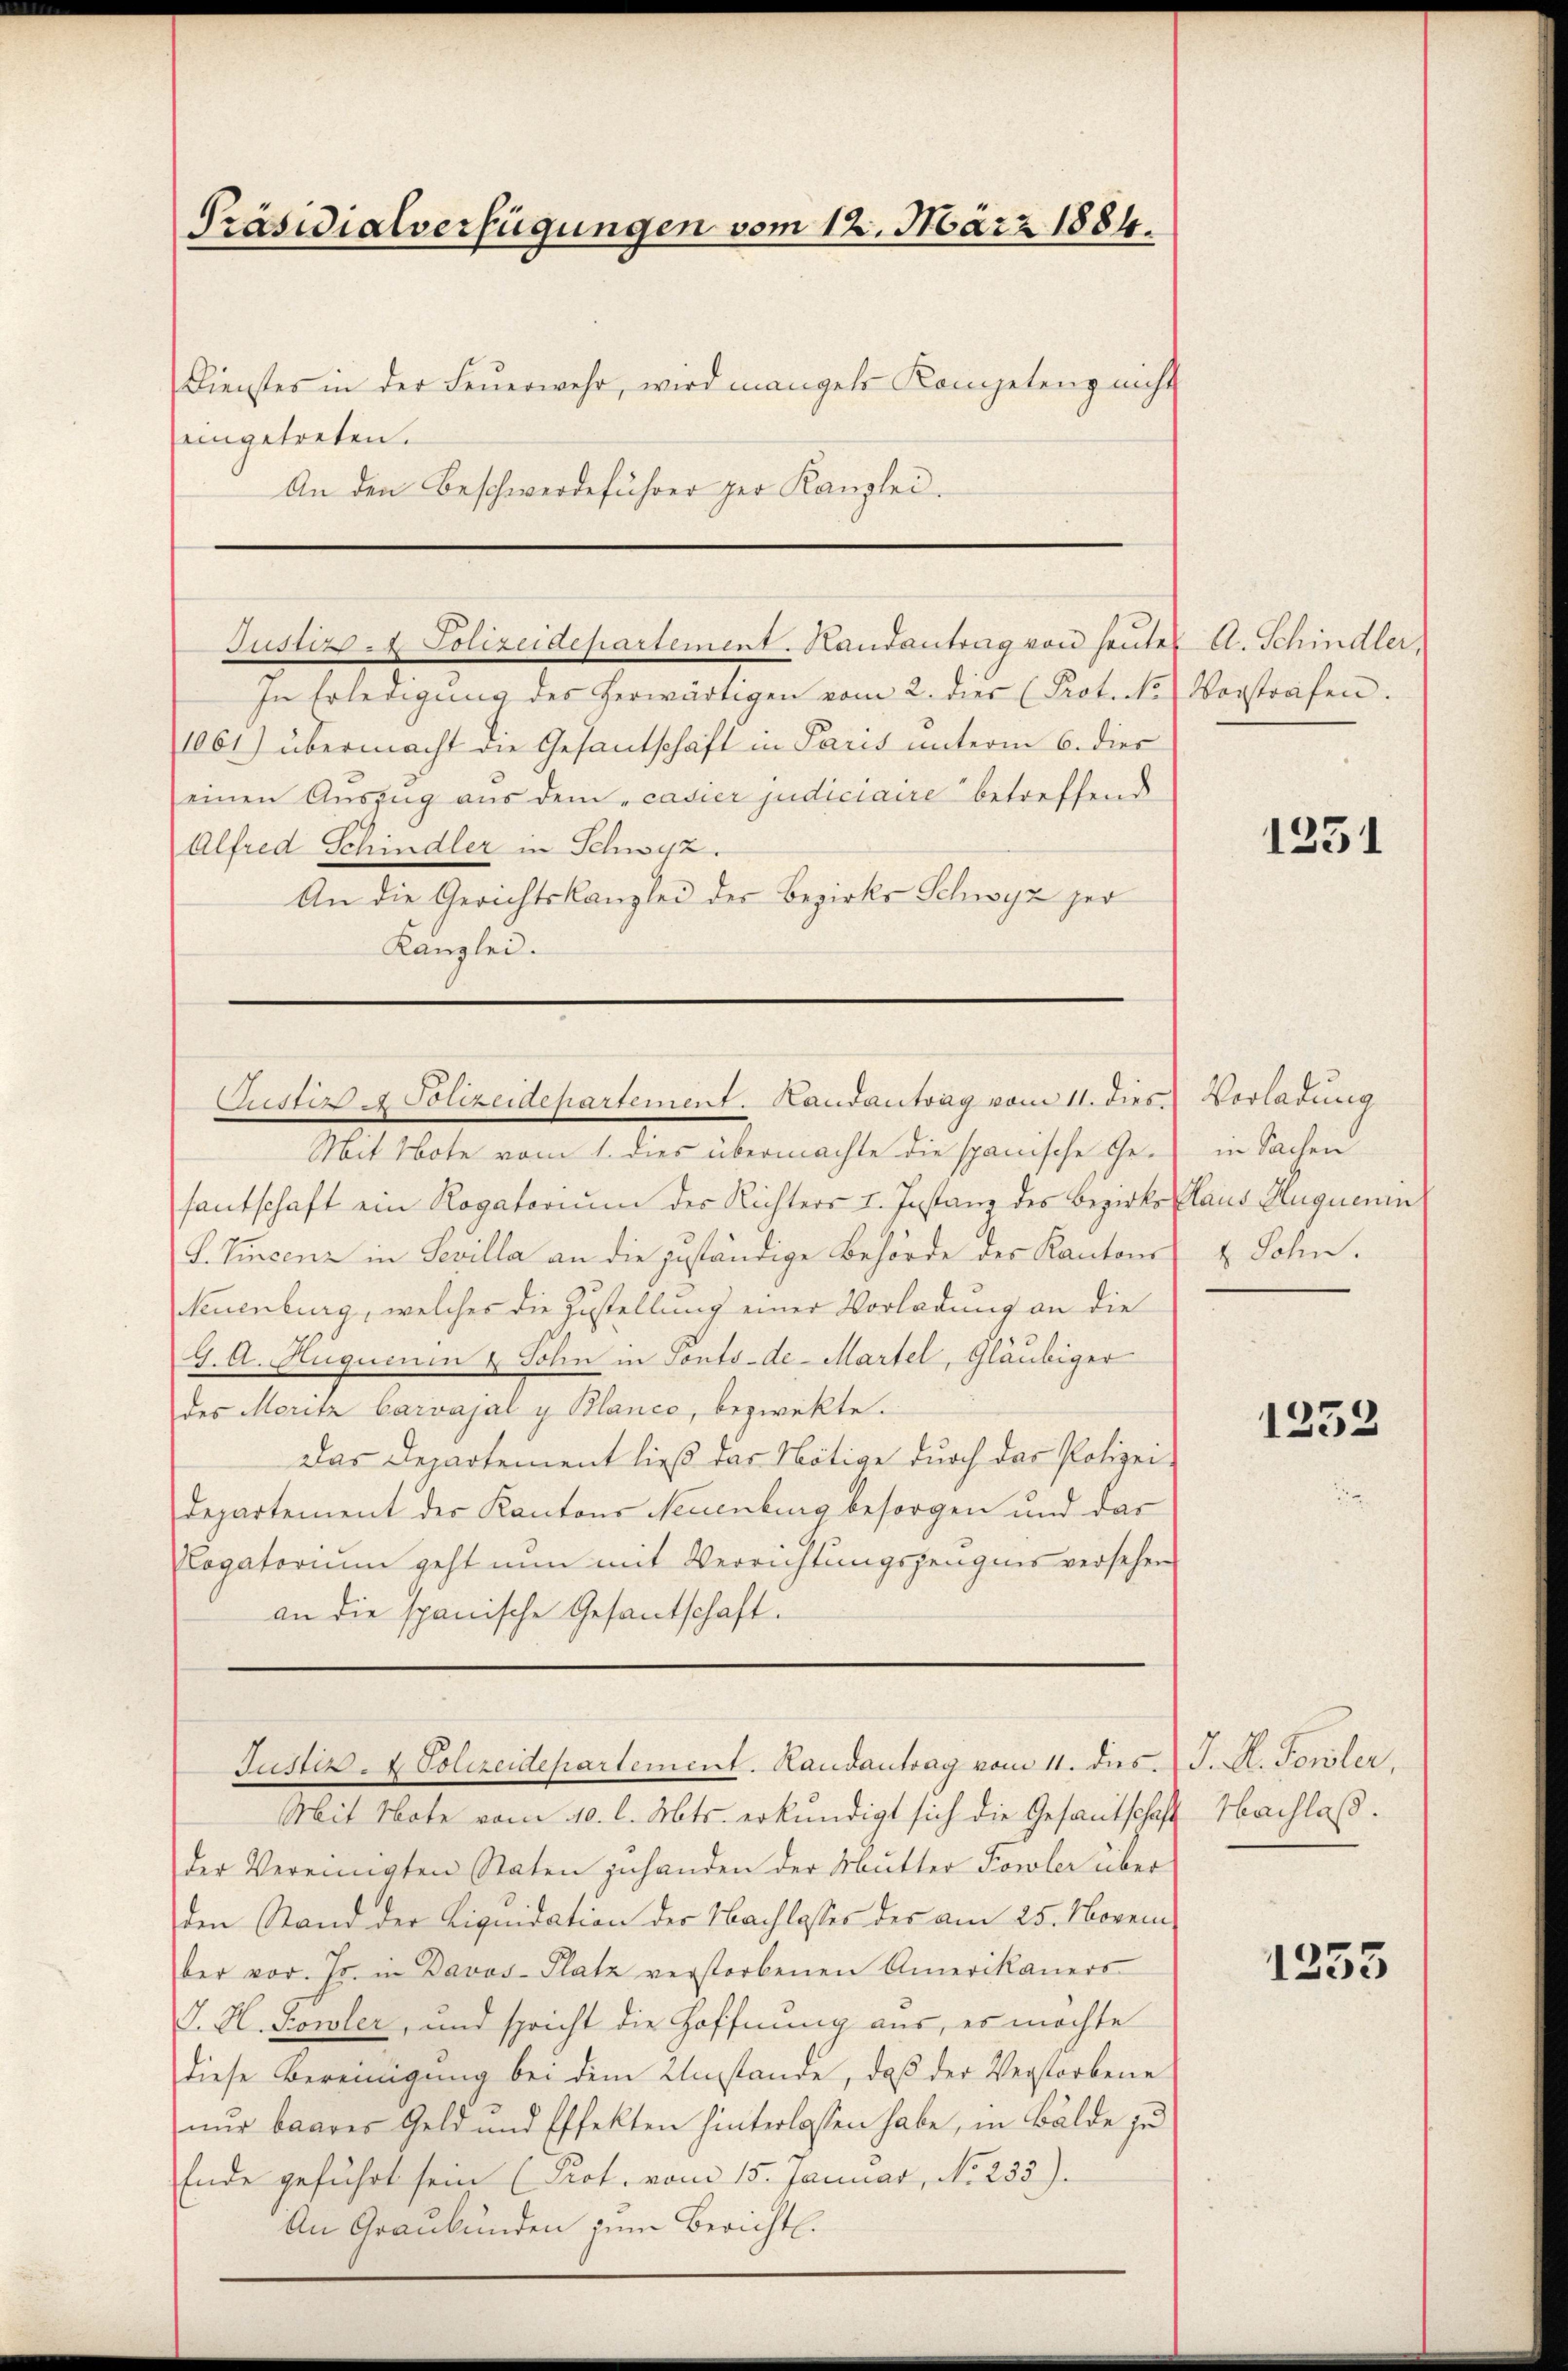
Präsidialverfügungen vom 12. März 1884.
Dienster in der Feŭerwehr, wird mangele Kompetenz nicht

eingetreten.
An den Beschwerdeführer per Kanzlei.

Justiz - Polizeidepartement. Handantrag von heutes A. Schindler

In Erledigŭng des herwärtigen vom 2. dies (Prot. No Vorstrafen.
1061) übermacht die Gesantschaft in Paris unterm 6. dies
einen Auszug aus dem „casier judiciaire betreffend
Alfred Schindler in Schwyz.
An die Gerichtskanzlei der Bezirks Schwyz zer
Kanzlei.

Justiz - Polizeidepartement. Landantrag vom 11. dies Vorladung

Mit Note vom 1. dies übermachte die spanische Gefantschaft ein Rogatorium des Richters I. Instanz des Bezirks Claus Huguenin
L. Vincenz in Sevilla an die zuständige Behörde des Kantons
Neuenburg, welches die Zustellung einer Vorladung an die
G. A. Auguenen & Sohn in Ponto-de- Martel, Gläubiger
des Moritz Carvajal y Blance, bezweckte.
Das Departement ließ das Nötige durch das Polizei-
Departement der Kantons Neuenburg besorgen und das
logatorium geht nun mit Verrichtungszeugnis versehen
an die spanische Gesantschaft.

Justiz- & Polizeidepartement. Randantrag vom 11. des J. A. Touler.

Mit Note vom 10. l. Mts. erkundigt sich die Gesantschaft
der Vereinigten Staten zuhanden der Mutter Fowler über
den Stand der Liquidation der Nachlasses des am 25. Novem
ber vor. Js. in Davos- Platz verstorbenen Amerikaners
J. H. Sowler, und spricht die Hoffnung aus, es möchte
diese Bereinigung bei dem Umstände, daβ der Verstorbene
nur baares Geld und Effekten hinterlassen habe, in Bälde zu
Ende geführt sein (Prot. vom 15. Januar, No. 233).
An Graubünden zum Bericht.

1251

in Sachen
t Sohn.

1253

Nachlaß.

1255